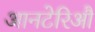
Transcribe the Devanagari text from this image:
आनटेरिऔ